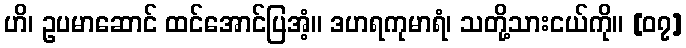
ဟိ၊ ဥပမာဆောင် ထင်အောင်ပြအံ့။ ဒဟရကုမာရံ၊ သတို့သားငယ်ကို။ [၀၇]